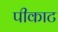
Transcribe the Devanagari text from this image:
पीकाट